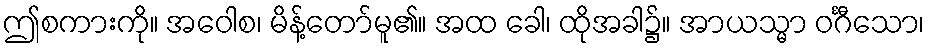
ဤစကားကို။ အဝေါစ၊ မိန့်တော်မူ၏။ အထ ခေါ၊ ထိုအခါ၌။ အာယသ္မာ ဝင်္ဂီသော၊